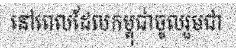
នៅពេលដែលកម្ពុជាចូលរួមជា